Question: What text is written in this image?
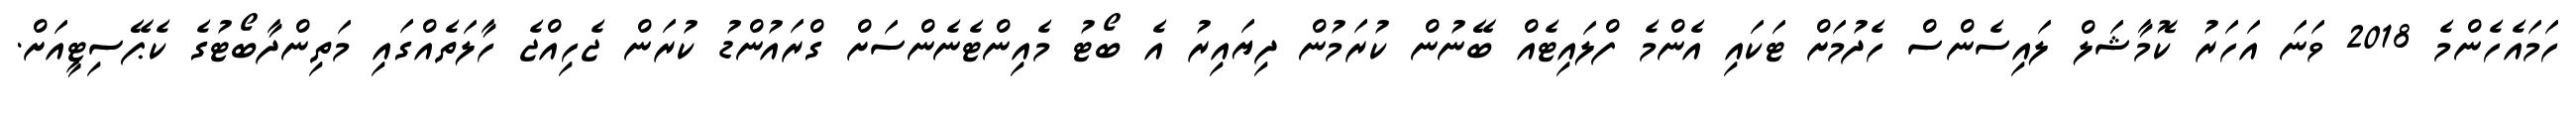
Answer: ހަމައެހެންމެ 2018 ވަނަ އަހަރު ކޮމާޝަލް ލައިސެންސް ހެދުމަށް ޓަކައި އެންމެ ފްލައިޓެއް ބޭނުން ކުރަމުން ދިޔައިރު އެ ބޯޓު މެއިންޓެނެންސަށް ގްރައުންޑު ކުރަން ޖެހިއްޖެ ހާލަތެއްގައި މަތިންދާބޯޓުގެ ކެޕޭސިޓީއަށް.